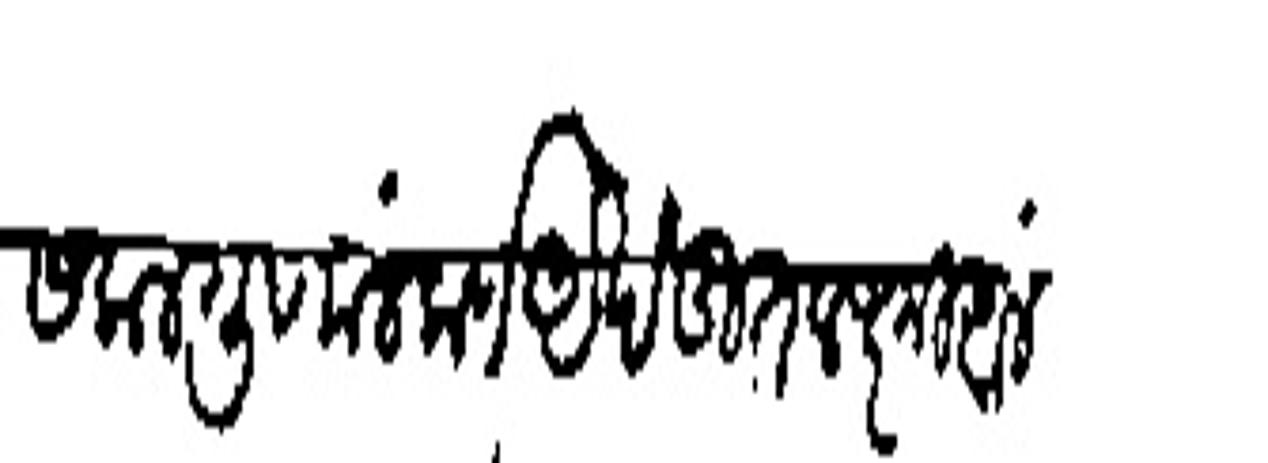
Transliteration (Devanagari): सकलगृणालंकर्ण अखंडित लक्ष्मी